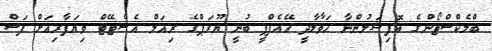
ބްލެކްސްޓޯންގެ އޮފިޝަލުންނާ ހަވާލާދީ އޭއެފްޕީ ބުނީ ޔޫރަޕްގެ ރިއަލް އެސްޓޭޓް ވިޔަފާރިއަށް ފަސް